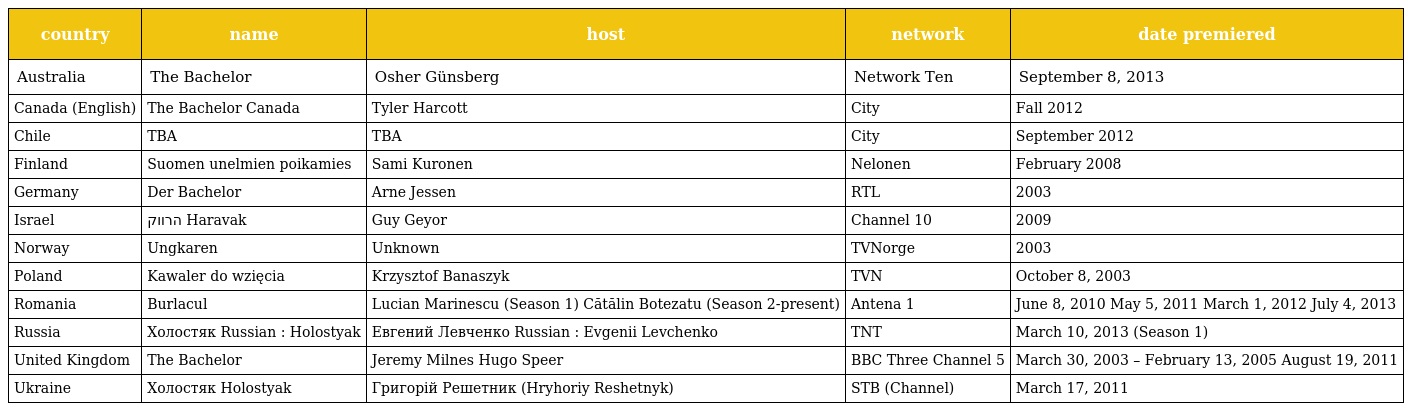
| country | name | host | network | date premiered |
 | --- | --- | --- | --- | --- |
 | Australia | The Bachelor | Osher Günsberg | Network Ten | September 8, 2013 |
 | Canada (English) | The Bachelor Canada | Tyler Harcott | City | Fall 2012 |
 | Chile | TBA | TBA | City | September 2012 |
 | Finland | Suomen unelmien poikamies | Sami Kuronen | Nelonen | February 2008 |
 | Germany | Der Bachelor | Arne Jessen | RTL | 2003 |
 | Israel | הרווק Haravak | Guy Geyor | Channel 10 | 2009 |
 | Norway | Ungkaren | Unknown | TVNorge | 2003 |
 | Poland | Kawaler do wzięcia | Krzysztof Banaszyk | TVN | October 8, 2003 |
 | Romania | Burlacul | Lucian Marinescu (Season 1) Cătălin Botezatu (Season 2-present) | Antena 1 | June 8, 2010 May 5, 2011 March 1, 2012 July 4, 2013 |
 | Russia | Холостяк Russian : Holostyak | Евгений Левченко Russian : Evgenii Levchenko | TNT | March 10, 2013 (Season 1) |
 | United Kingdom | The Bachelor | Jeremy Milnes Hugo Speer | BBC Three Channel 5 | March 30, 2003 – February 13, 2005 August 19, 2011 |
 | Ukraine | Холостяк Holostyak | Григорій Решетник (Hryhoriy Reshetnyk) | STB (Channel) | March 17, 2011 |